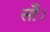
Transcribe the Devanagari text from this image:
सौ।